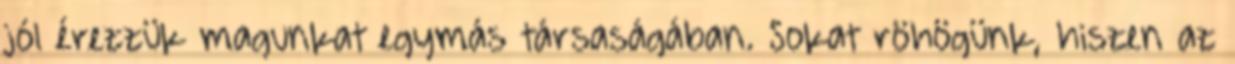
jól érezzük magunkat egymás társaságában. Sokat röhögünk, hiszen az